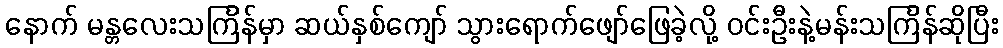
နောက် မန္တလေးသင်္ကြန်မှာ ဆယ်နှစ်ကျော် သွားရောက်ဖျော်ဖြေခဲ့လို့ ဝင်းဦးနဲ့မန်းသင်္ကြန်ဆိုပြီး